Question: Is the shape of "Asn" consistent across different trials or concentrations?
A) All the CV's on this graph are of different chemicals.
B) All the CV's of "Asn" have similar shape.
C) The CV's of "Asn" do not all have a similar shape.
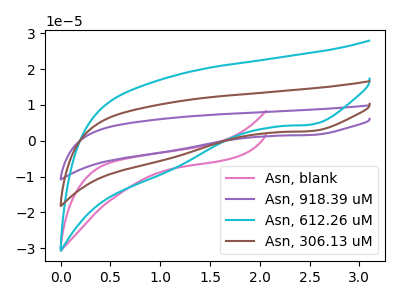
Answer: <think>The pink curve "Asn, blank" has no peaks. The purple curve "Asn, 918.39 uM" has a cathodic peak at: (2.50V, 5.35uA). The cyan curve "Asn, 612.26 uM" has a cathodic peak at: (2.50V, 4.50uA). The brown curve "Asn, 306.13 uM" has a cathodic peak at: (2.50V, 2.70uA).
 "Asn, blank" and "Asn, 918.39 uM" have a different number of peaks. "Asn, blank" and "Asn, 612.26 uM" have a different number of peaks. "Asn, blank" and "Asn, 306.13 uM" have a different number of peaks. All the peaks in "Asn, 918.39 uM" have a peak in "Asn, 612.26 uM" at the same potential. Every peak in "Asn, 918.39 uM" is lower than every peak in "Asn, 612.26 uM". All the peaks in "Asn, 918.39 uM" have a peak in "Asn, 306.13 uM" at the same potential. Every peak in "Asn, 918.39 uM" is lower than every peak in "Asn, 306.13 uM". All the peaks in "Asn, 612.26 uM" have a peak in "Asn, 306.13 uM" at the same potential. Every peak in "Asn, 612.26 uM" is lower than every peak in "Asn, 306.13 uM".</think>
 <answer>B) All the CV's of "Asn" have similar shape.</answer>
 <eval>B</eval>